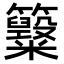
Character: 𥸋